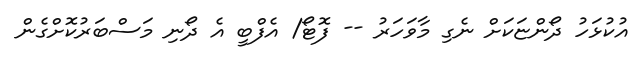
އުކުޅަހު ދޯންޏަކަށް ނެގި މާވަހަރު -- ފޮޓޯ/ އެފްބީ އެ ދޯނި މަސްބަރުކޮށްގެން